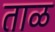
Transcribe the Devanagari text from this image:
ताळ